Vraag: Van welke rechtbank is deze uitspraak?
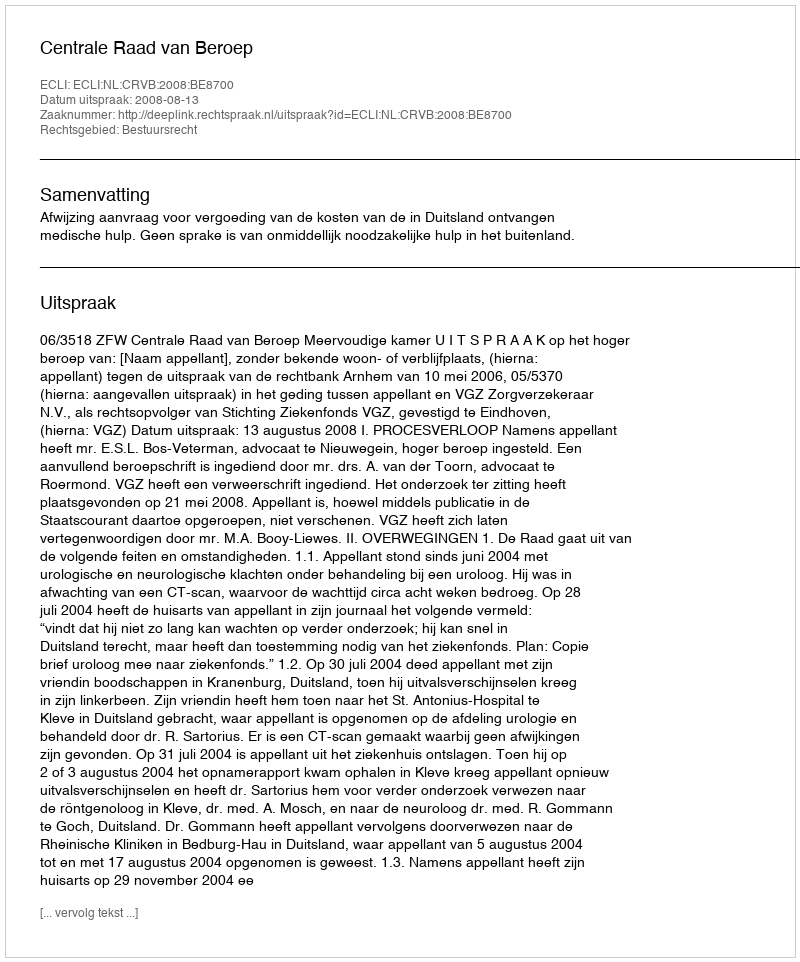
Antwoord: Centrale Raad van Beroep